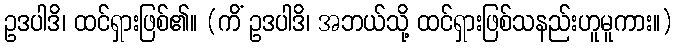
ဥဒပါဒိ၊ ထင်ရှားဖြစ်၏။ (ကိံ ဥဒပါဒိ၊ အဘယ်သို့ ထင်ရှားဖြစ်သနည်းဟူမူကား။)